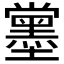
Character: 𡓪